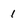
Character: 1